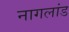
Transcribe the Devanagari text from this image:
नागलांड